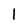
Character: I